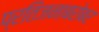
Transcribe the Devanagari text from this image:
प्रतिजनाबरोबर